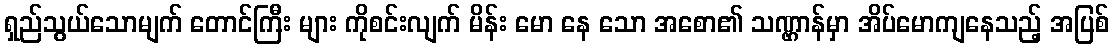
ရှည်သွယ်သောမျက် တောင်ကြီး များ ကိုစင်းလျက် မိန်း မော နေ သော အစော၏ သဏ္ဌာန်မှာ အိပ်မောကျနေသည့် အပြစ်